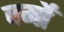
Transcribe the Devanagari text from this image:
वर्मों